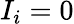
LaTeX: I_{i}=0